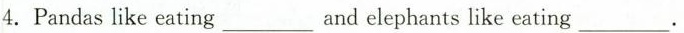
4.Pandas like eating ___ and elephants like eating ___.